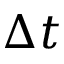
\Delta t